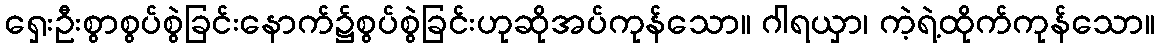
ရှေးဦးစွာစွပ်စွဲခြင်းနောက်၌စွပ်စွဲခြင်းဟုဆိုအပ်ကုန်သော။ ဂါရယှာ၊ ကဲ့ရဲ့ထိုက်ကုန်သော။